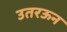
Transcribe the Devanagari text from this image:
उतरऊन